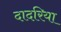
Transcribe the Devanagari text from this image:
दादरिया